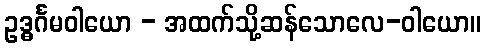
ဥဒ္ဓင်္ဂမဝါယော - အထက်သို့ဆန်သောလေ-ဝါယော။